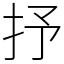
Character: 抒